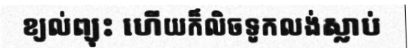
ខ្យល់ព្យុះ ហើយក៏លិចទូកលង់ស្លាប់